Kiideva_(Sinalepa)_vallavalitsus, lk 23
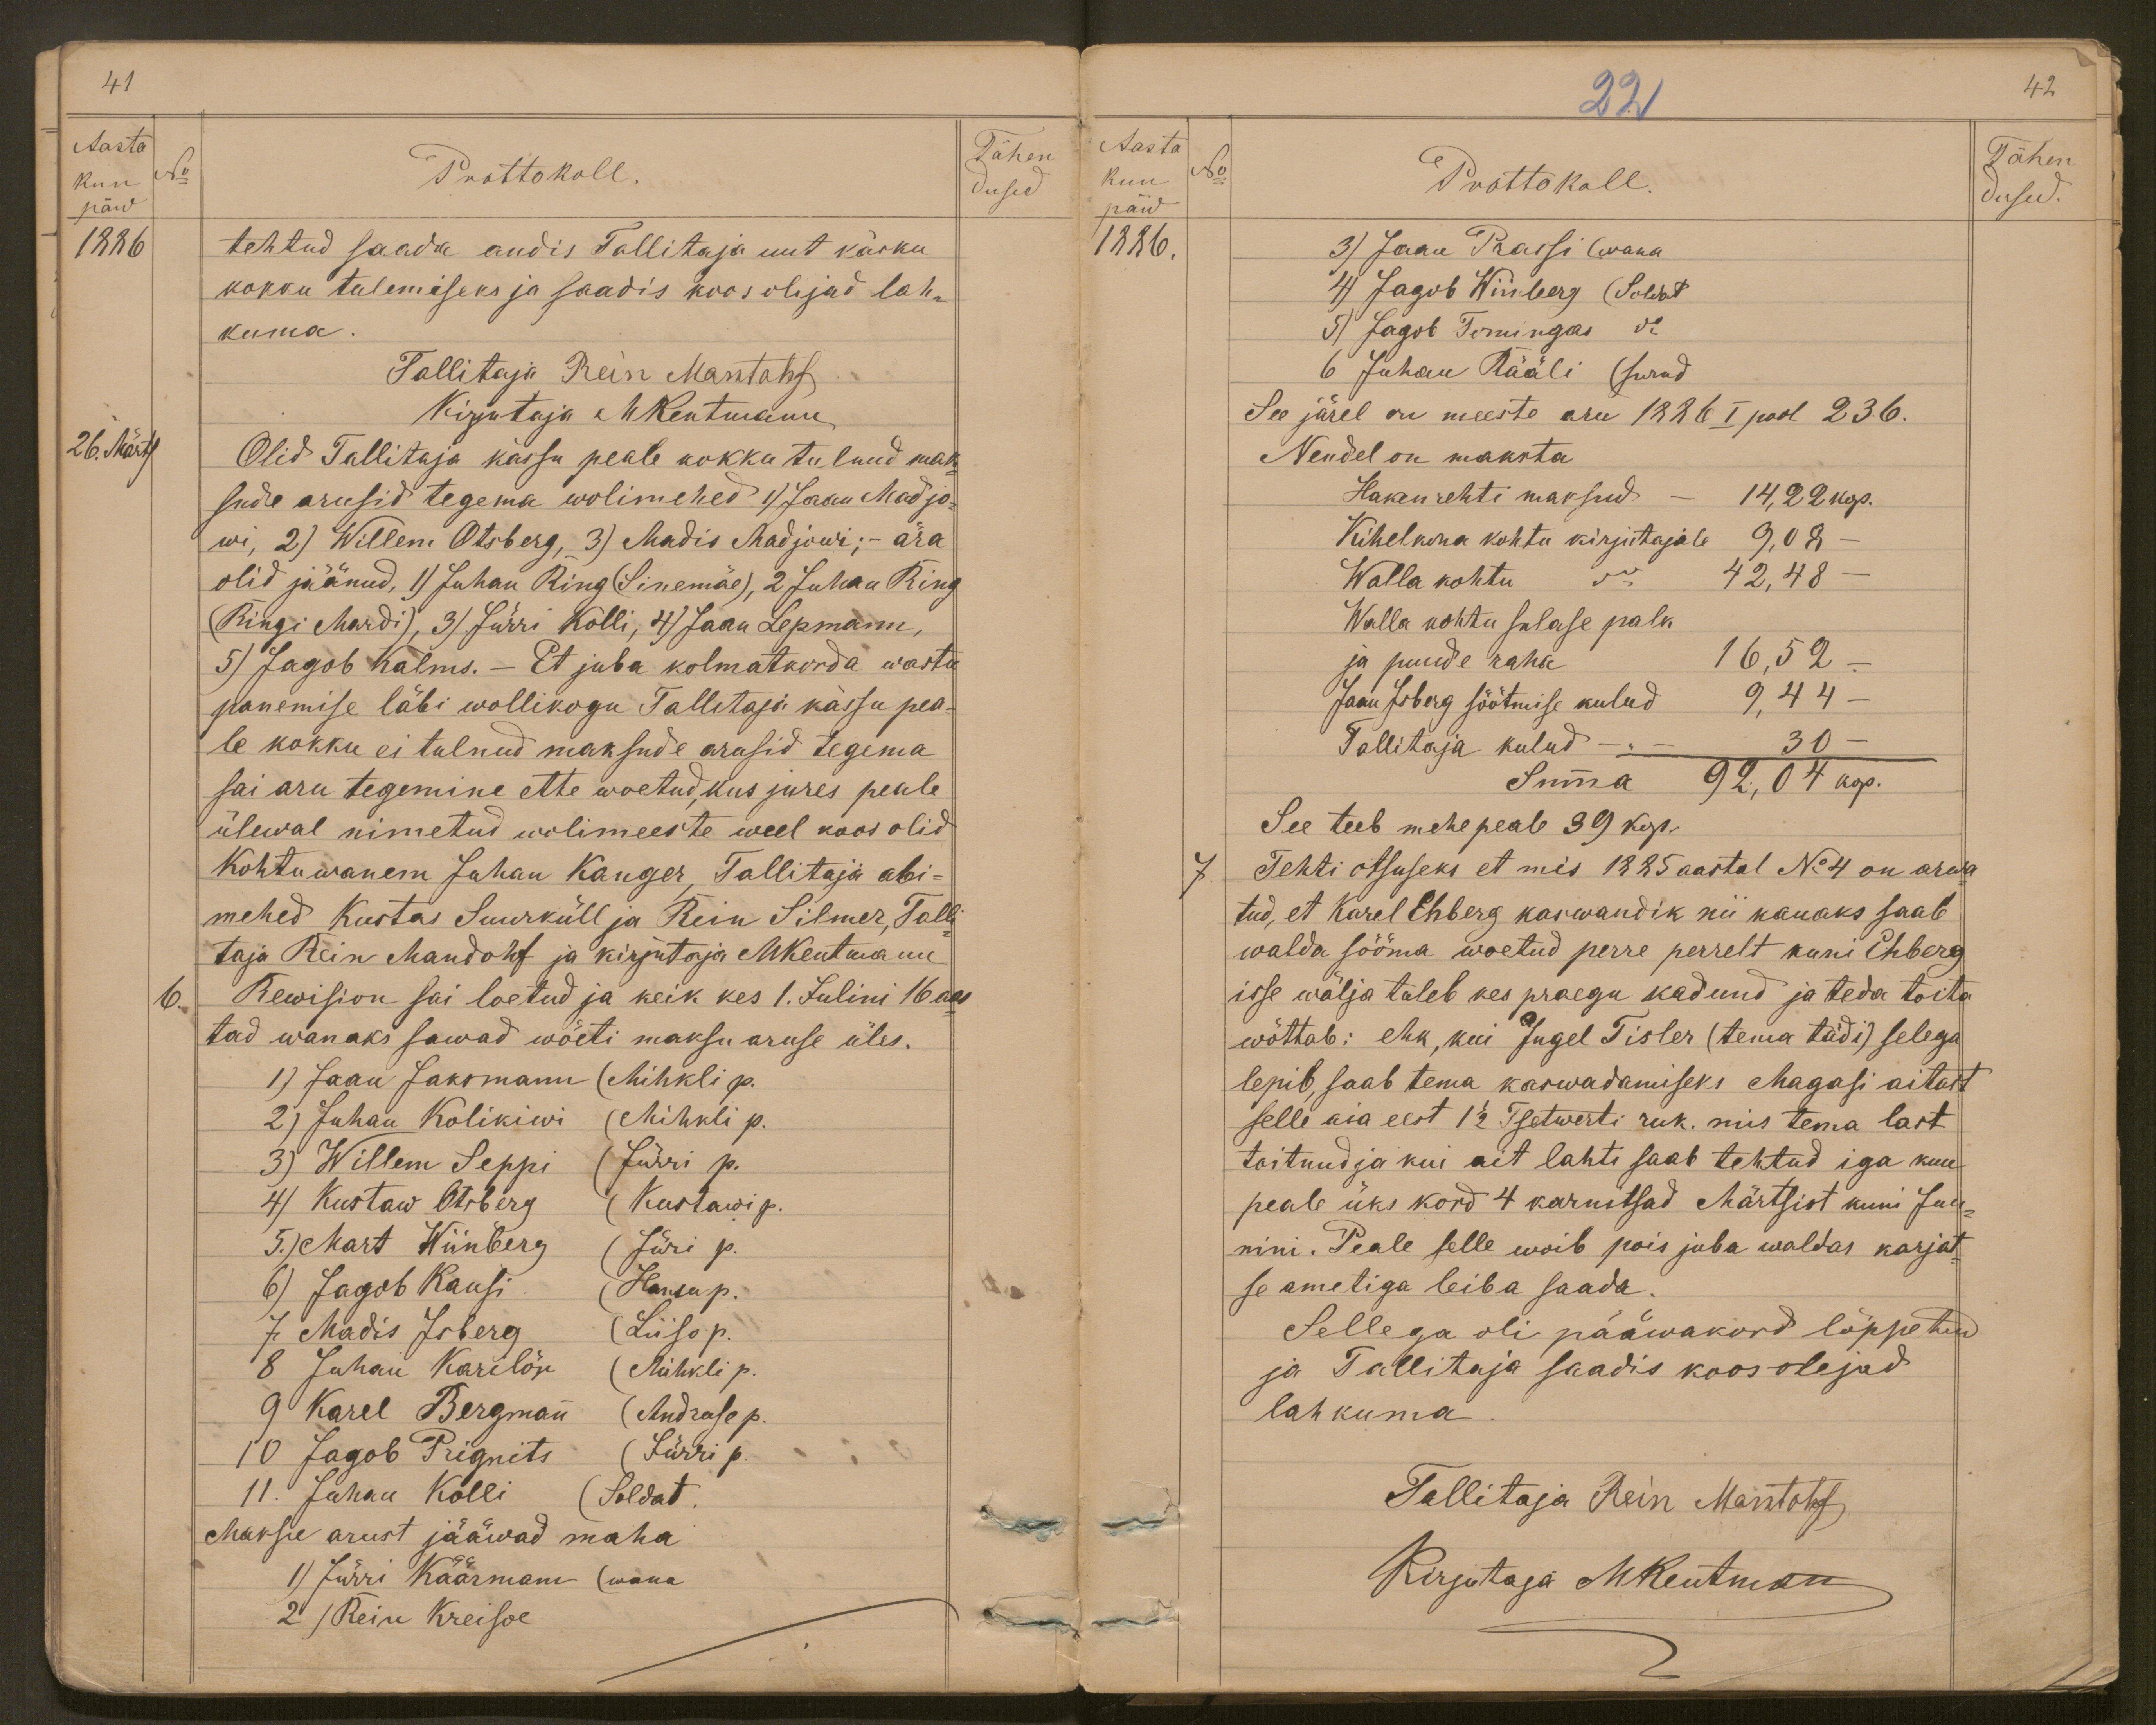
41
Aasta
Tähen
kuu
No
Prottokoll.
päw
dused
1886
tehtud saada andis Tallitaja uut käsku
kokku tulemiseks ja saadis koosolejad lah-
kuma.
Tallitaja Rein Mantohf
Kirjutaja MKentmann
26. Märts
Olid Tallitaja kässu peale kokku tulnud mak-
sude arusid tegema wolimehed 1) Jaan Madjo-
wi, 2) Willem Otsberg, 3) Madis Madjowi; - ära
olid jäänud, 1) Juhan Ring (Sinemäe), 2 Juhan Ring
(Ringi Mardi), 3) Jürri Kolli, 4) Jaan Lepmann,
5) Jagob Kalms. - Et juba kolmatkorda wastu
panemise läbi wollikogu Tallitaja kässu pea-
le kokku ei tulnud maksude arusid tegema
sai aru tegemine ette woetud, kus jures peale
ülewal nimetud wolimeeste weel koos olid
Kohtuwanem Juhan Kanger, Tallitaja abi-
mehed Kustas Suurküll ja Rein Silmer, Talli-
taja Rein Mandohf ja kirjutaja MKentmann
6. Rewision sai loetud ja keik kes 1. Julini 16 aas-
tad wanaks sawad wõeti maksu aruse üles.
1) Jaan Jaksmann (Mihkli p.
2) Juhan Kolikiwi (Mihkli p.
3) Willem Seppi (Jürri p.
4) Kustaw Otsberg (Kustawi p.
5.) Mart Wiinberg (Jüri p.
6) Jagob Kausi (Hansup.
7. Madis Isberg (Liiso p.
8 Juhan Karilõw (Mihkli p.
9 Karel Bergmann (Andruse p.
11. Juhan Kolli (Soldat.
10 Jagob Prignits (Jürri p.
Maksu arust jääwad maha
1) Jürri Käärmann (wana
2 )Reiu Kreisoe

22
42
Aasta
kuu
No
Prottokoll
Tähen
päw
dused.
1886.
3) Jaan Prassi (wana
4) Jagob Wiinberg (Soldat
5) Jagob Tomingas do
6 Juhan Kääli (surnd
See järel on meeste aru 1886 I pool 236.
Nendel on maksta
Hakenrehti maksud - 14,22 kop.
Kihelkona kohtu kirjutajale 9,08
Walla kohtu 42,48 -
Walla kohtu sulase palk
ja puude raha 16,52
Jaan Isberg söötmise kulud
9, 44
Tallitaja kulud -
30 -
Summa 92,04 kop.
See teeb mehe peale 39 kop.
7.
Tehti otsuseks et mis 1885 aastal No 4 on arwa-
tud, et Karel Ehberg kaswandik nii kauaks saab
walda sööma woetud perre perrelt kuni Ehberg
isse wälja tuleb kes praegu kadund ja teda toita
wõttab: ehk, kui Ingel Tisler (tema tädi) selega
lepib, saab tema kaswadamiseks Magasi aitast
selle aia eest 1 1/2 Tsetwerti ruk, mis tema last
toitnud ja kui ait lahti saab tehtud iga kuu
peale üks kord 4 karnitsad Märtsist kuni Juu-
nini. Peale selle woib pois juba waldas karjat-
se ametiga leiba saada.
Sellega oli pääwakord lõppetud
ja Tallitaja saadis koosolejad
lahkuma
Tallitaja Rein Mantohf
Kirjutaja MKentmann